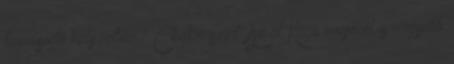
forrósodó helyzetben? Chakraszint: Az öt Kage erejénél is nagyobb